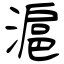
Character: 滬